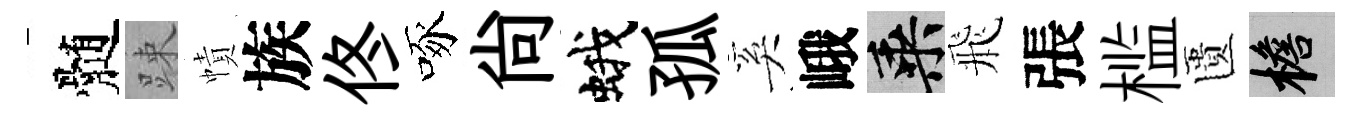
髄踈幘族佟啄尚蛾孤奚峨乘飛張槛匱檐